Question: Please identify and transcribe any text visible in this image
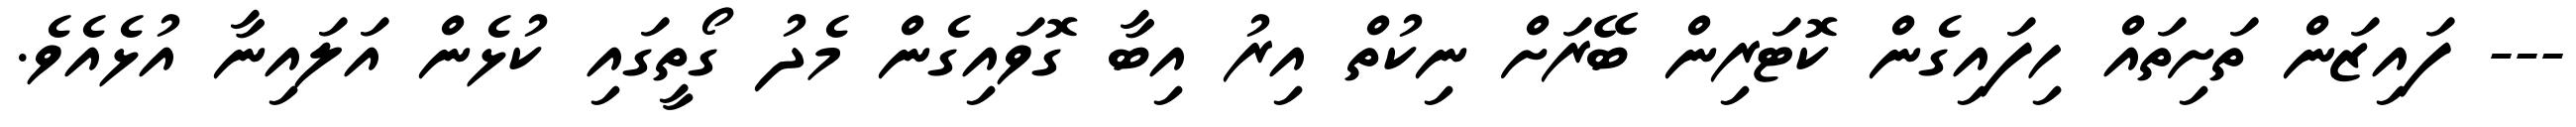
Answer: --- ފައިޒަން ތަށިތައް ހިފައިގެން ކޮޓަރިން ބޭރަށް ނިކުތް އިރު އިބާ ގޮވައިގެން މެދު ގޯތީގައި ކުޅެން އަލައިނާ އުޅެއެވެ.